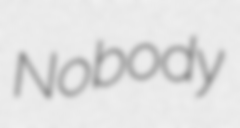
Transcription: Nobody